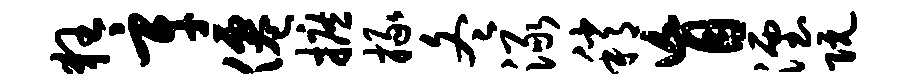
狂辛仙摭掾冬渌稍盲湮阮